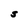
Character: S